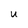
Character: U